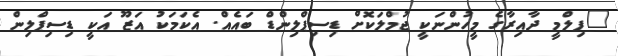
"ފިލްމީ ދާއިރާގެ މީހުންނަކީ ޖުމްލަކޮށް ޑިސިޕްލިންޑް ބައެއް. އެކަމަކު އަޒޫ އަކީ ޑިސިޕްލިން